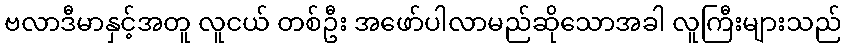
ဗလာဒီမာနှင့်အတူ လူငယ် တစ်ဦး အဖော်ပါလာမည်ဆိုသောအခါ လူကြီးများသည်